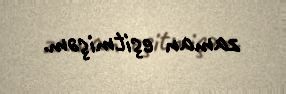
zaman eşitmişəm.